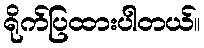
ရိုက်ပြထားပါတယ်။